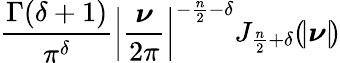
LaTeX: {\frac{\Gamma(\delta+1)}{\pi^{\delta}}}\left|{\frac{\boldsymbol{\nu}}{2\pi}}\right|^{-{\frac{n}{2}}-\delta}J_{{\frac{n}{2}}+\delta}(\! |{\boldsymbol{\nu}}|\! )